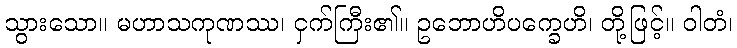
သွားသော။ မဟာသကုဏဿ၊ ငှက်ကြီး၏။ ဥဘောဟိပက္ခေဟိ၊ တို့ဖြင့်။ ဝါတံ၊